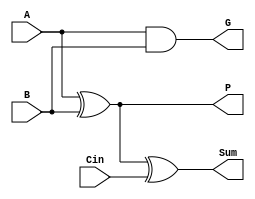
// 1-bit adder with p, G output
module cla_1bit(A, B, Cin, Sum, P, G);

	input A, B, Cin;
	// sum, propogate, generate
	output Sum, P, G;
	wire P_int;
	// Output all three of these values:

	// generate bit
	assign G = A & B;
	// propogate bit	
	assign P_int = A ^ B;
	assign P = P_int;
	// sum bit
	assign Sum = P_int ^ Cin;

endmodule